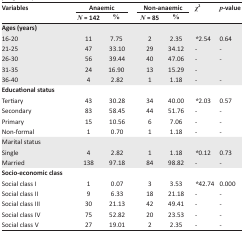
| <ROWSPAN=3> Variables | <COLSPAN=2> Anaemic | <COLSPAN=2> Non-anaemic | <ROWSPAN=3> χ2 | <ROWSPAN=3> p-value |
 | N = 142 | % | N = 85 | % |
 | --- | --- | --- | --- | --- | --- | --- |
 | Ages (years) |  |  |  |  |  |  |
 | 16-20 | 11 | 7.75 | 2 | 2.35 | *2.54 | 0.64 |
 | 21-25 | 47 | 33.10 | 29 | 34.12 | - | - |
 | 26-30 | 56 | 39.44 | 40 | 47.06 | - | - |
 | 31-35 | 24 | 16.90 | 13 | 15.29 | - |  |
 | 36-40 | 4 | 2.82 | 1 | 1.18 | - | - |
 | Educational status |  |  |  |  |  |  |
 | Tertiary | 43 | 30.28 | 34 | 40.00 | *2.03 | 0.57 |
 | Secondary | 83 | 58.45 | 44 | 51.76 | - | - |
 | Primary | 15 | 10.56 | 6 | 7.06 | - | - |
 | Non-formal | 1 | 0.70 | 1 | 1.18 | - | - |
 | Marital status |  |  |  |  |  |  |
 | Single | 4 | 2.82 | 1 | 1.18 | *0.12 | 0.73 |
 | Married | 138 | 97.18 | 84 | 98.82 | - | - |
 | Socio-economic class |  |  |  |  |  |  |
 | Social class I | 1 | 0.07 | 3 | 3.53 | *42.74 | 0.000 |
 | Social class II | 9 | 6.33 | 18 | 21.18 | - | - |
 | Social class III | 30 | 21.13 | 42 | 49.41 | - | - |
 | Social class IV | 75 | 52.82 | 20 | 23.53 | - | - |
 | Social class V | 27 | 19.01 | 2 | 2.35 | - | - |